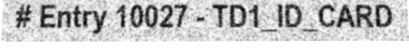
# Entry 10027 - TD1_ID_CARD